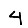
Digit: 4